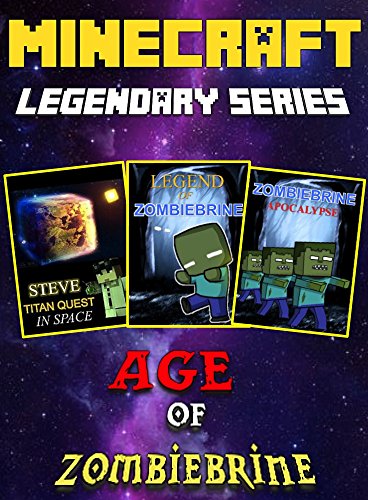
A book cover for Age Of ZombieBrine: Unofficial Minecraft Legendary Series 3 In 1; Ryan Johnson; Children's Books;